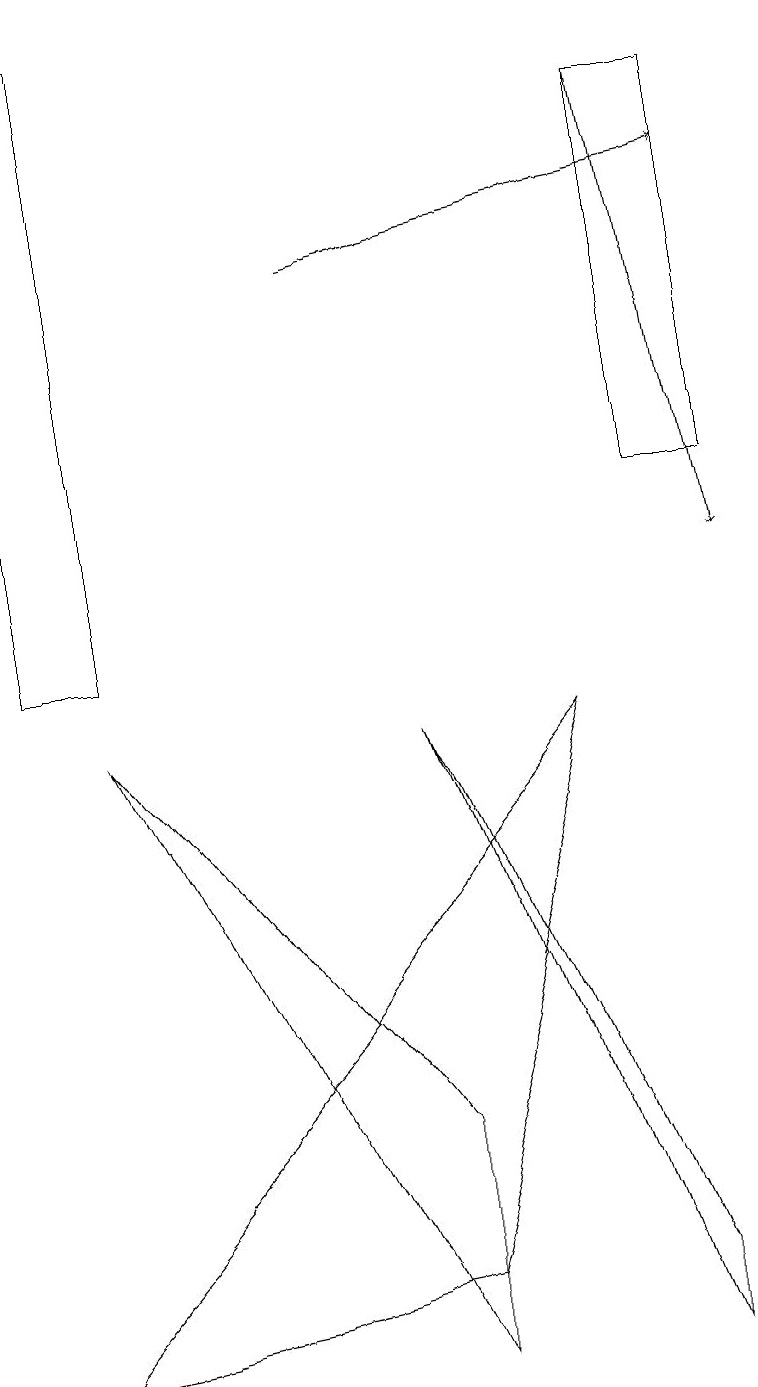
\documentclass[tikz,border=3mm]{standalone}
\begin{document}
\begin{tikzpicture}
\draw[->] (8,17) -- (9,11);
\draw (5,4) -- (5,1) -- (1,9) -- cycle;
\draw (8,12) rectangle (9,17);
\draw[->] (4,15) -- (9,16);
\draw (0,10) rectangle (1,18);
\draw (5,9) -- (8,2) -- (8,1) -- cycle;
\draw (0,1) -- (5,2) -- (7,9) -- cycle;
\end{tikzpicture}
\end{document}